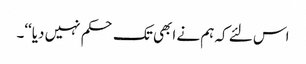
اس لئے کہ ہم نے ابھی تک حکم نہیں دیا‘‘۔